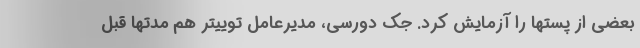
بعضی از پستها را آزمایش کرد. جک دورسی، مدیرعامل توییتر هم مدتها قبل